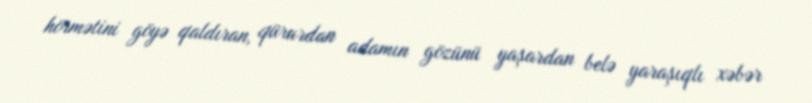
hörmətini göyə qaldıran, qürurdan adamın gözünü yaşardan belə yaraşıqlı xəbər